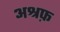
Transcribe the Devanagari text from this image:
अश्रफ़